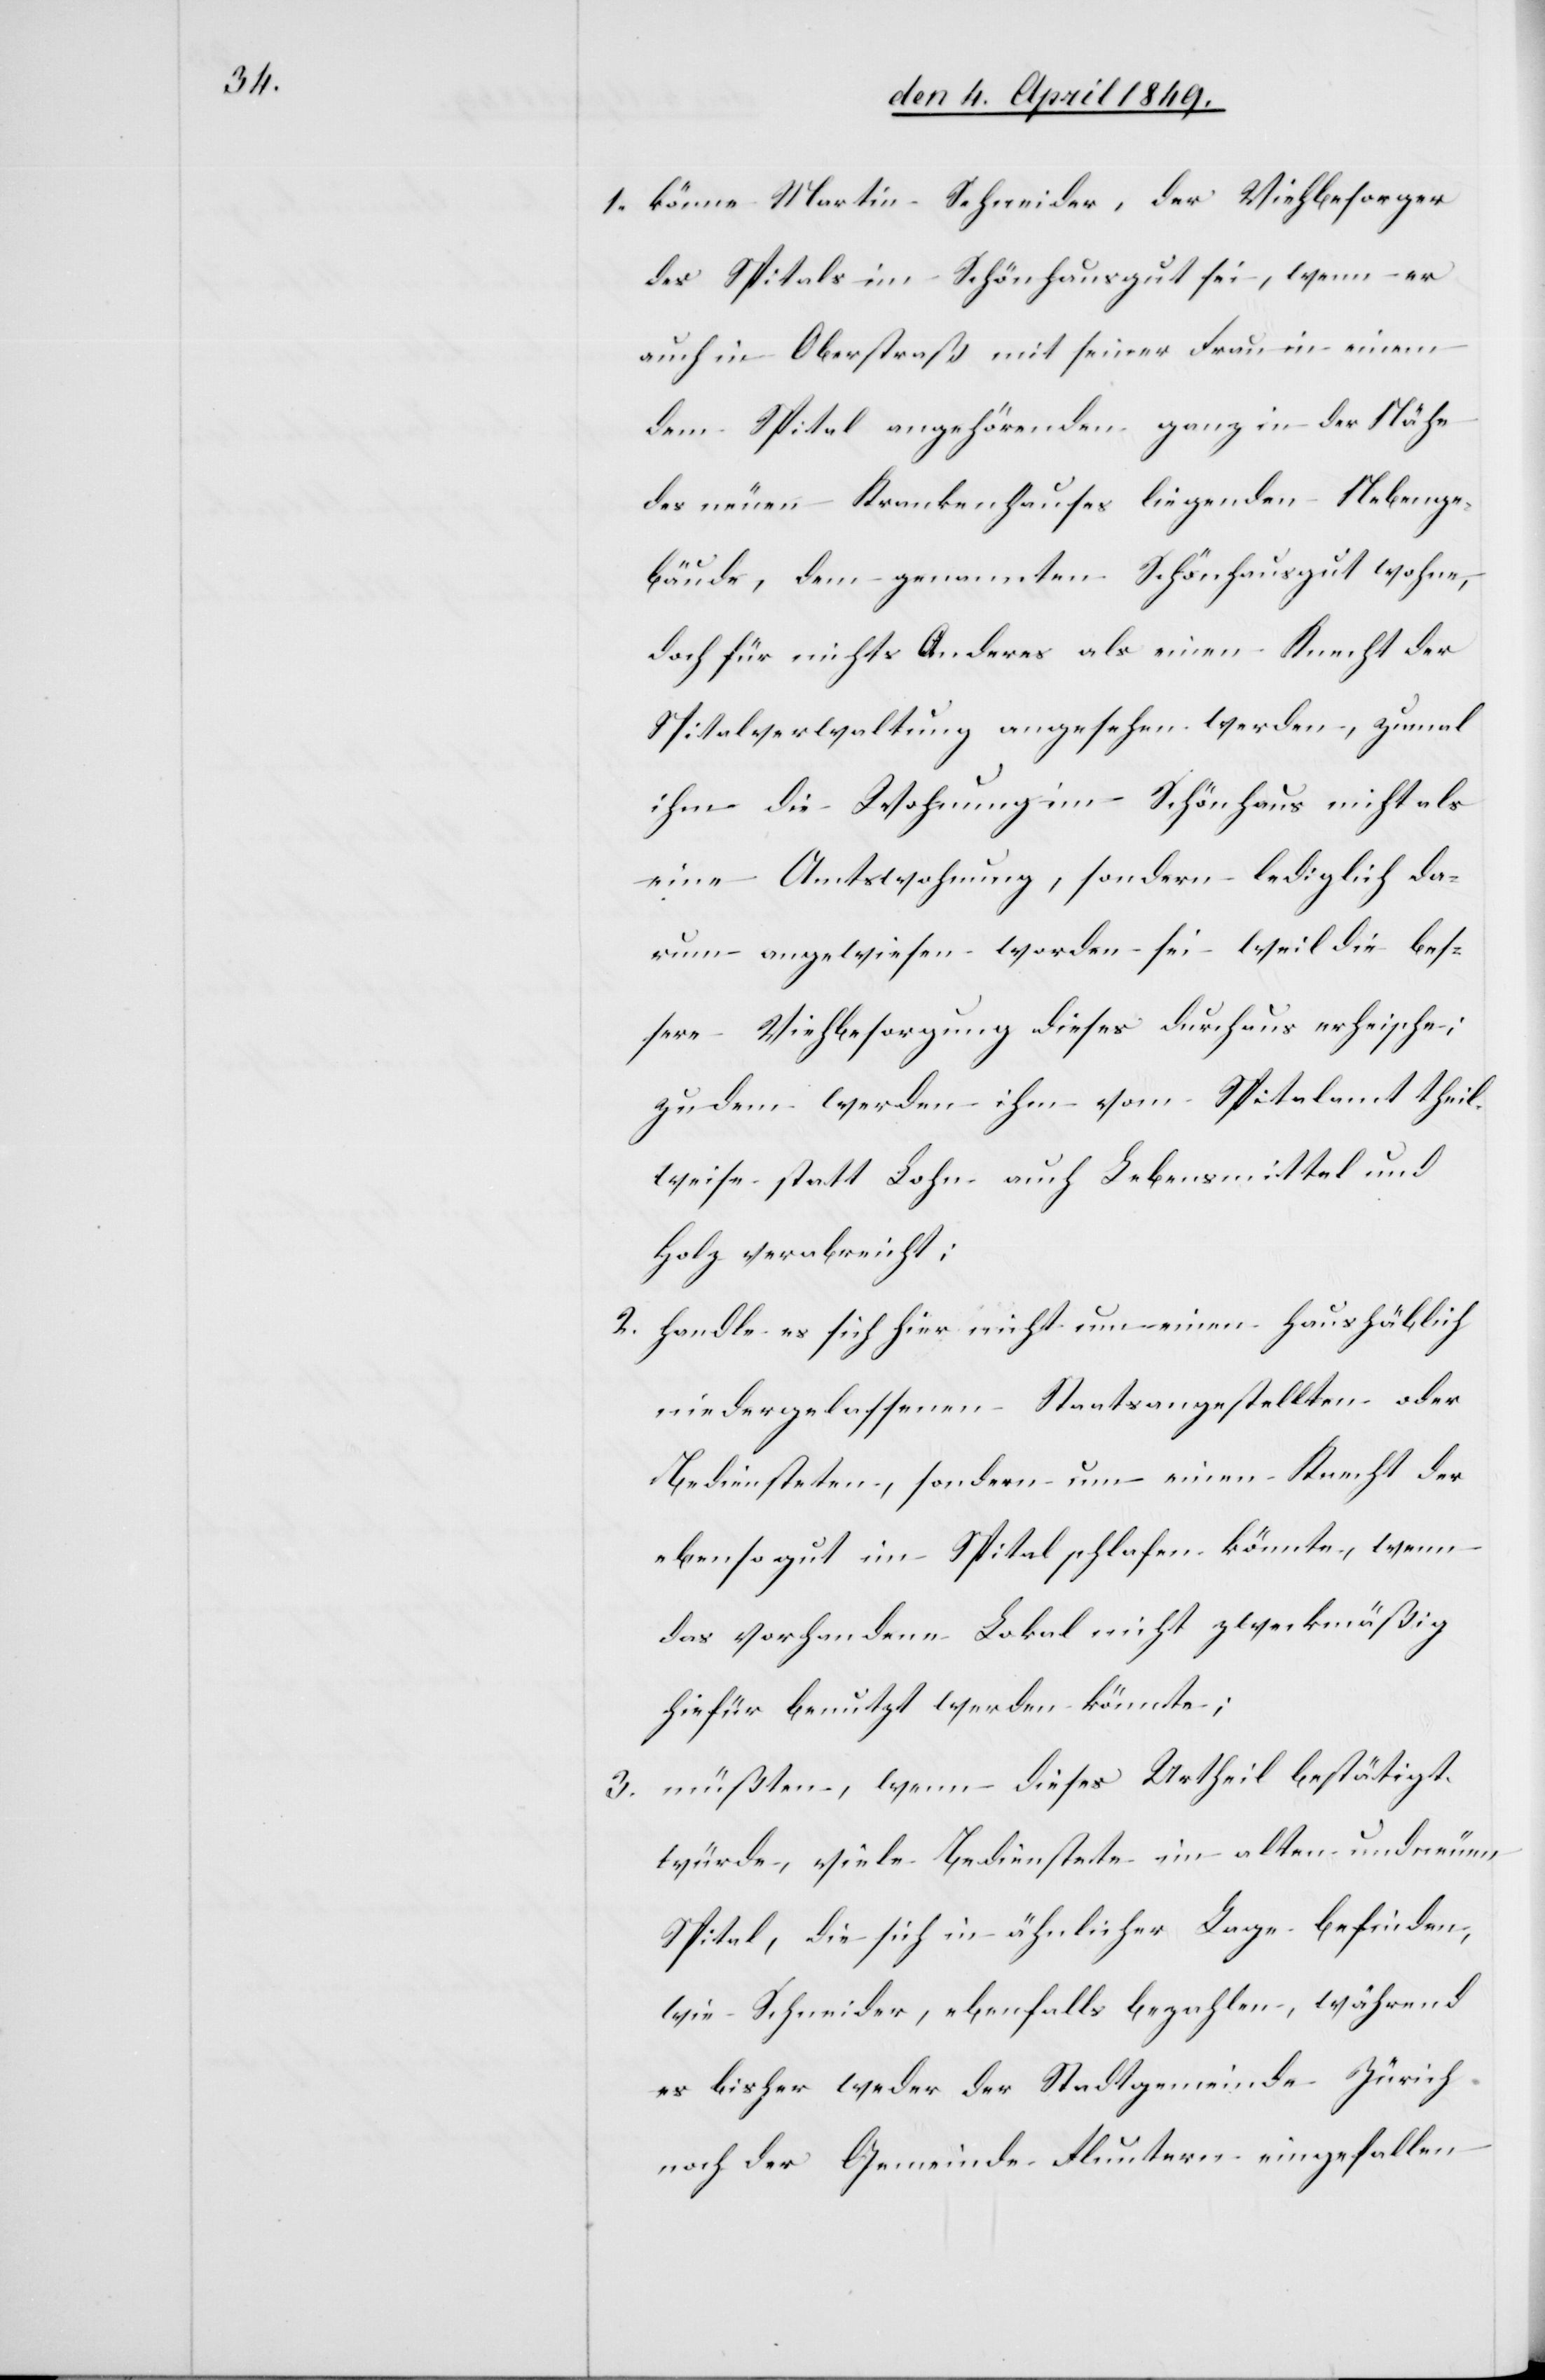
1. Könne Martin Schneider, der Viehbesorger
des Spitals im Schönhausgut sei, wenn er
auch in Oberstraß mit seiner Frau in einem
dem Spital angehörenden ganz in der Nähe
des neuen Krankenhauses liegenden Nebenge¬
bäude, dem genannten Schönhausgut wohne,
doch für nichts Anderes als einen Knecht der
Spitalverwaltung angesehen werden, zumal
ihm die Wohnung im Schönhaus nicht als
eine Amtswohnung, sondern lediglich da¬
rum angewiesen worden sei – weil die bes¬
sere Viehbesorgung dieses durchaus erheische;
zu dem werden ihm vom Spitalamt theil¬
weise statt Lohn auch Lebensmittel und
Holz verabreicht:
2. Handle es sich hier nicht um einen haushäblich
niedergelassenen Staatsangestellten oder
Bediensteten, sondern um einen Knecht der
ebensogut im Spital schlafen könnte, wenn
das vorhandene Lokal nicht zweckmäßig
hiefür benutzt werden könnte;
3. müßten, wenn dieses Urtheil bestätigt
würde, viele Bedienstete im alten und neuen
Spital, die sich in ähnlicher Lage befinden,
wie Schneider, ebenfalls bezahlen, während
es bisher weder der Stadtgemeinde Zürich
noch der Gemeinde Fluntern eingefallen